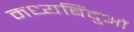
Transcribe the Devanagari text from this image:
मध्यबिंदुओं